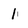
Character: 1